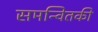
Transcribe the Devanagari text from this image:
समन्वितकी